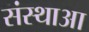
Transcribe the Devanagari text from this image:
संस्थाआ